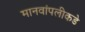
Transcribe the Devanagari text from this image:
मानवांपलीकडे